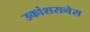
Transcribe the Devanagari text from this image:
उकांशसनेस